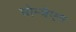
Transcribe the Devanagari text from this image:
बोम्बैएम